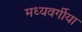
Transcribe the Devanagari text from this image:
मध्यवर्गीया